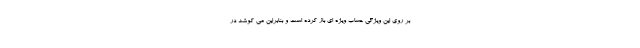
بر روی این ویژگی حساب ویژه ای باز کرده است و بنابراین می کوشد در